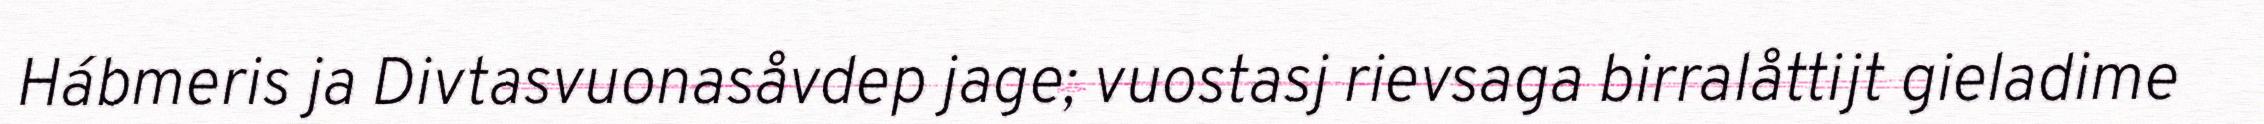
Hábmeris ja Divtasvuonasåvdep jage; vuostasj rievsaga birralåttijt gieladime